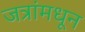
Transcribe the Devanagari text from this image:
जत्रांमधून